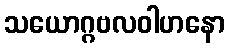
သယောဂ္ဂဗလဝါဟနော